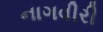
નાગવીરી